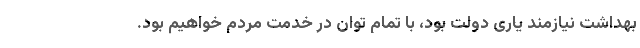
بهداشت نیازمند یاری دولت بود، با تمام توان در خدمت مردم خواهیم بود.